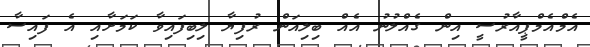
އެމްއެމްޕީއާރުސީ އިން ގެއްލުނު އެއް ބިލިއަން ރުފިޔާ ލިބިފައިވާ ކަމަށާއި އެ ފައިސާ